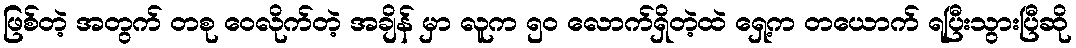
ဖြစ်တဲ့ အတွက် တစု ဝေလိုက်တဲ့ အချိန် မှာ လူက ၅၀ လောက်ရှိတဲ့ထဲ ရှေ့က တယောက် ရပြီးသွားပြီဆို